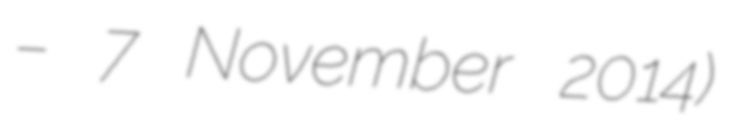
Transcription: – 7 November 2014)